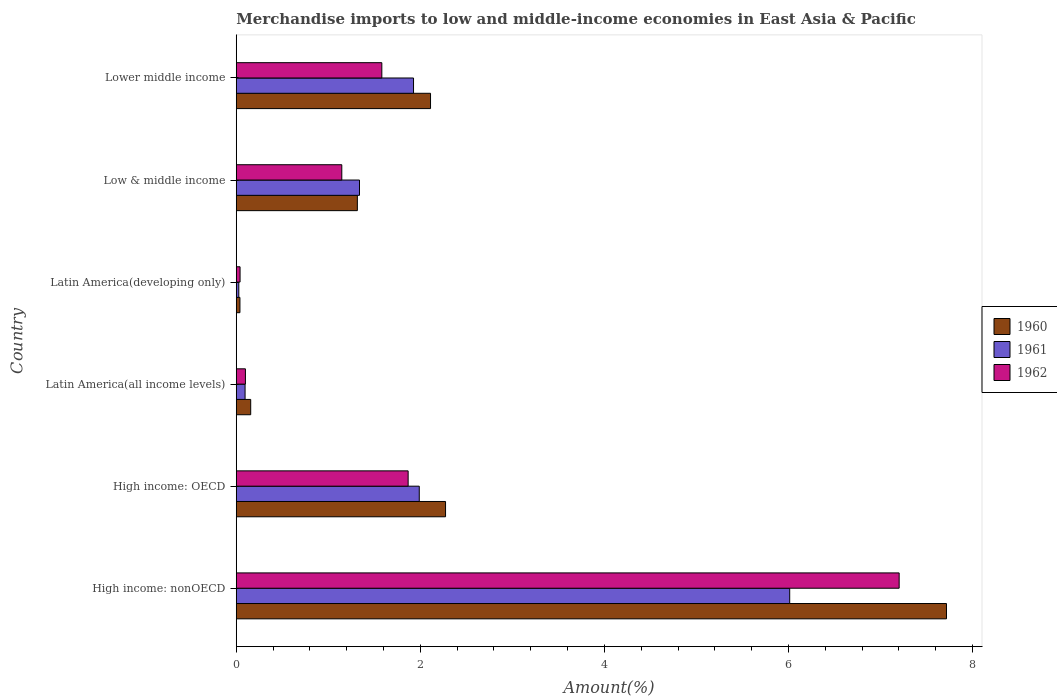
| Country | 1960 | 1961 | 1962 |
 | --- | --- | --- | --- |
 | High income: nonOECD | 7.72 | 6.01 | 7.2 |
 | High income: OECD | 2.27 | 1.99 | 1.87 |
 | Latin America(all income levels) | 0.157 | 0.0958 | 0.0996 |
 | Latin America(developing only) | 0.0401 | 0.0278 | 0.0413 |
 | Low & middle income | 1.32 | 1.34 | 1.15 |
 | Lower middle income | 2.11 | 1.93 | 1.58 |